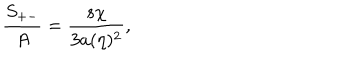
{ \frac { S _ { + - } } { A } } = { \frac { s \chi } { 3 a ( \eta ) ^ { 2 } } } ,